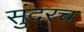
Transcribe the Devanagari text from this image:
सुंदरच